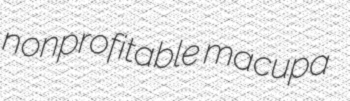
nonprofitable macupa